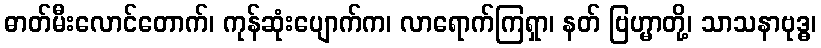
ဓာတ်မီးလောင်တောက်၊ ကုန်ဆုံးပျောက်က၊ လာရောက်ကြရှာ၊ နတ် ဗြဟ္မာတို့၊ သာသနာဗုဒ္ဓ၊